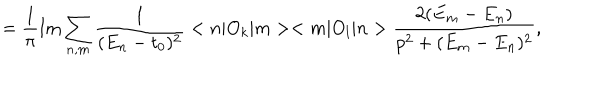
= \frac { 1 } { \pi } \mathrm { I m } \sum _ { n , m } \frac { 1 } { ( E _ { n } - t _ { 0 } ) ^ { 2 } } < n | O _ { k } | m > < m | O _ { l } | n > \frac { 2 ( E _ { m } - E _ { n } ) } { p ^ { 2 } + ( E _ { m } - E _ { n } ) ^ { 2 } } ,